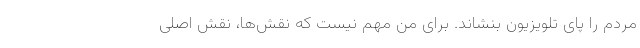
مردم را پای تلویزیون بنشاند. برای من مهم نیست که نقش‌ها، نقش اصلی